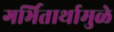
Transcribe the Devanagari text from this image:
गर्भितार्थामुळे